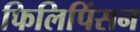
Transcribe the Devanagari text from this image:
फिलिपिंसन